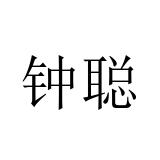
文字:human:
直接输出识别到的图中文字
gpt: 钟聪